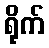
ရိုက်